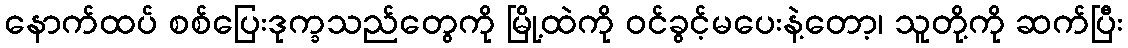
နောက်ထပ် စစ်ပြေးဒုက္ခသည်တွေကို မြို့ထဲကို ဝင်ခွင့်မပေးနဲ့တော့၊ သူတို့ကို ဆက်ပြီး